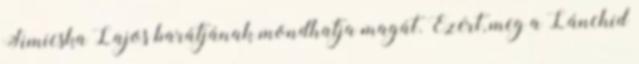
Simicska Lajos barátjának mondhatja magát. Ezért, meg a Lánc­híd